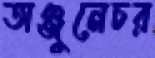
অঞ্জুনেচর